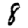
Digit: 8